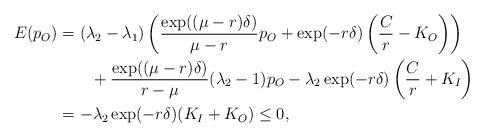
LaTeX: \begin{align*}E(p_O)&=(\lambda_2-\lambda_1)\left(\frac{\exp((\mu-r)\delta)}{\mu-r}p_O+\exp(-r\delta)\left(\frac{C}{r}-K_O\right)\right)\\&\qquad+\frac{\exp((\mu-r)\delta)}{r-\mu}(\lambda_2-1)p_O-\lambda_2\exp(-r\delta)\left(\frac{C}{r}+K_I\right)\\&=-\lambda_2\exp(-r\delta)(K_I+K_O)\leq 0,\end{align*}